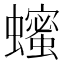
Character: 𬠵